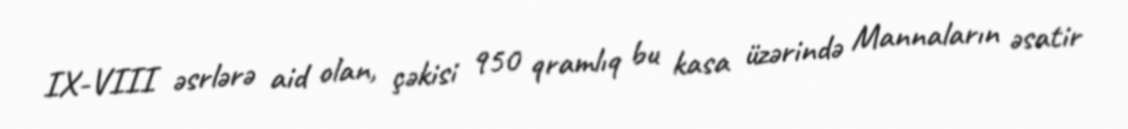
IX-VIII əsrlərə aid olan, çəkisi 950 qramlıq bu kasa üzərində Mannaların əsatir